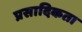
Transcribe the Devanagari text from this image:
प्रसादिकता